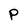
Character: p